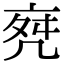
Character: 𠅞